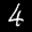
Label: 4